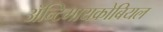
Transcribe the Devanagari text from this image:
ॲन्टिमायक्रोबियल